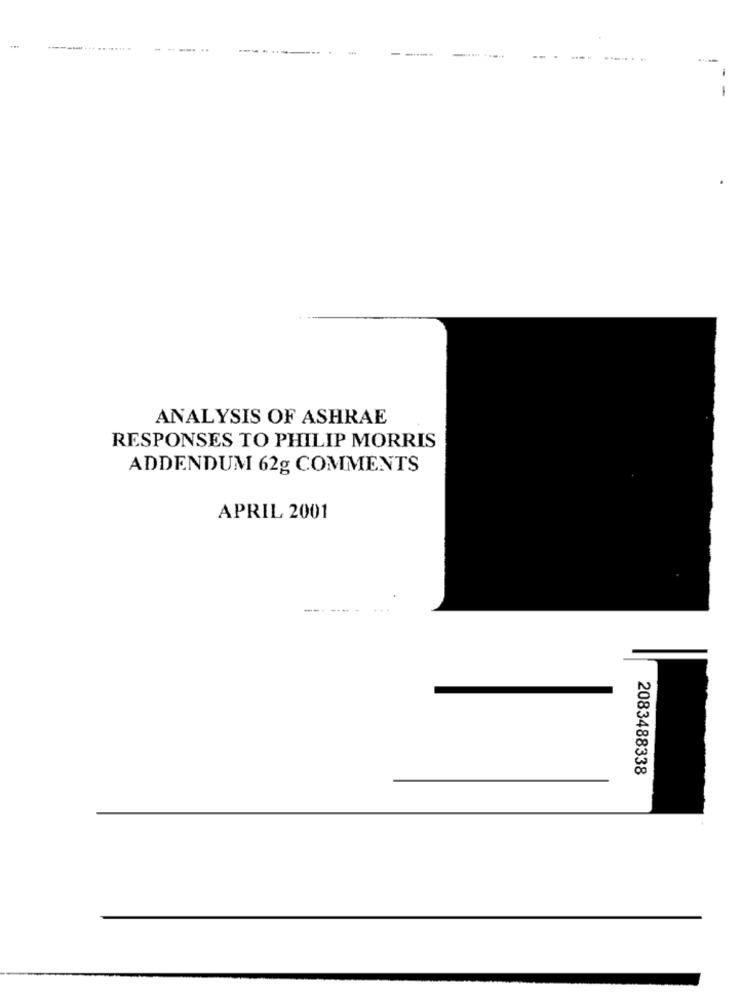
----.. ... ........
---. ..
--..
-
----
-
ANALYSIS OF ASHRAE
RESPONSES TO PHILIP MORRIS
ADDENDUM 62g COMMENTS
APRIL 2001
2083488338